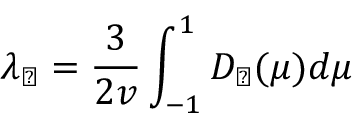
\lambda _ { \perp } = \frac { 3 } { 2 v } \int _ { - 1 } ^ { 1 } D _ { \perp } ( \mu ) d \mu